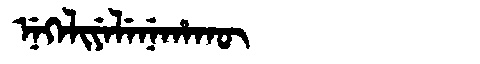
Manchu: ᠨᡝᡴᡝᠯᡳᠶᡝᠯᡝᠨᡝᡥᠠᡴᡡ
Romanization: NEKELIYELENEHAKŪ